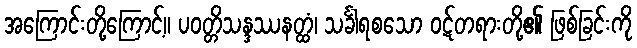
အကြောင်းတို့ကြောင့်။ ပဝတ္တိသန္ဒဿနတ္ထံ၊ သင်္ခါရစသော ဝဋ်တရားတို့၏ ဖြစ်ခြင်းကို